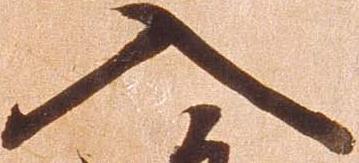
入